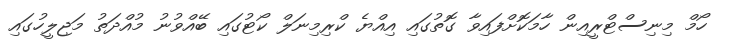
ހޯމް މިނިސްޓްރީއިން ހާމަކޮށްފައިވާ ގޮތުގައި އިއްޔެ ކްރިމިނަލް ކޯޓުގައި ބޭއްވުނު މުއްދަތު މަޖިލީހުގައި